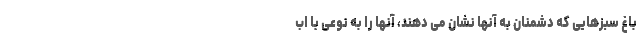
باغ سبزهایی که دشمنان به آنها نشان می دهند، آنها را به نوعی با اب